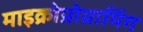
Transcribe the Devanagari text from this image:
माइक्रोप्रोग्रामिंग